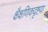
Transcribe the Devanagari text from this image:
क्षैक्षणिकदृष्टया